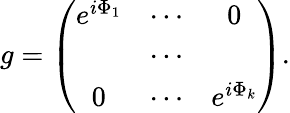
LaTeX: g=\left(\begin{array}{ccc}{{e^{i\Phi_{1}}}}&{{\cdots}}&{{0}}\\ {{}}&{{\cdots}}&{{}}\\ {{0}}&{{\cdots}}&{{e^{i\Phi_{k}}}}\end{array}\right).